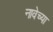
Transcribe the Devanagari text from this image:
नावेच्या